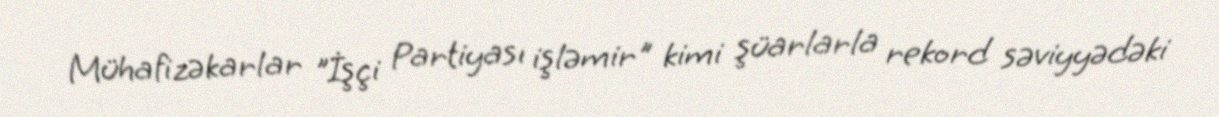
Mühafizəkarlar "İşçi Partiyası işləmir" kimi şüarlarla rekord səviyyədəki